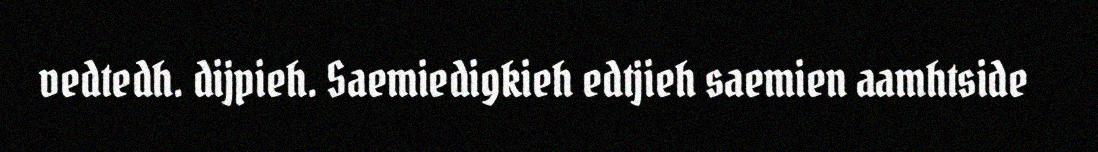
vedtedh. dijpieh. Saemiedigkieh edtjieh saemien aamhtside